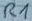
Text: R1